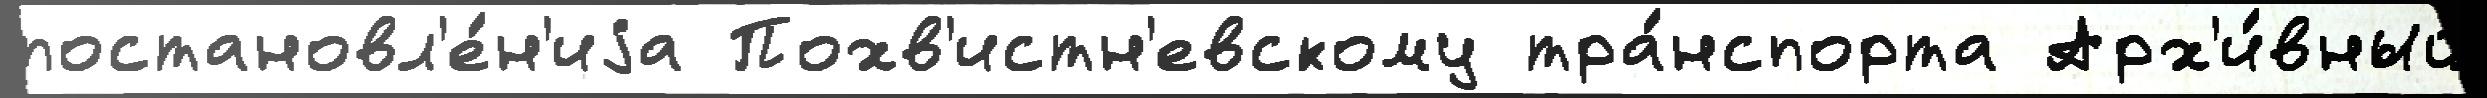
постановл'е́н'иjа Похв'истн'евскому тра́нспорта Арх'и́вный